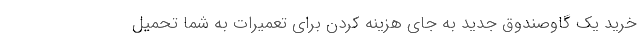
خرید یک گاوصندوق جدید به جای هزینه کردن برای تعمیرات به شما تحمیل